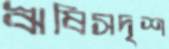
ঋষিসদৃশ